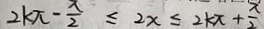
2 k \pi - \frac { x } { 2 } \leq 2 x \leq 2 k \pi + \frac { \pi } { 2 }